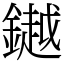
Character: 𨬓